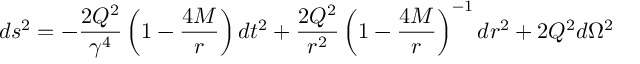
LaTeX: d s ^ { 2 } = - \frac { 2 Q ^ { 2 } } { \gamma ^ { 4 } } \left( 1 - \frac { 4 M } { r } \right) d t ^ { 2 } + \frac { 2 Q ^ { 2 } } { r ^ { 2 } } \left( 1 - \frac { 4 M } { r } \right) ^ { - 1 } d r ^ { 2 } + 2 Q ^ { 2 } d \Omega ^ { 2 }